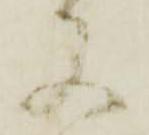
又